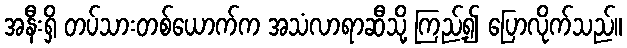
အနီးရှိ တပ်သားတစ်ယောက်က အသံလာရာဆီသို့ ကြည့်၍ ပြောလိုက်သည်။